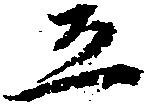
五